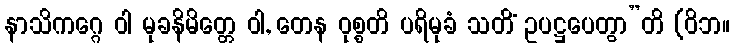
နာသိကဂ္ဂေ ဝါ မုခနိမိတ္တေ ဝါ, တေန ဝုစ္စတိ ပရိမုခံ သတိံ ဥပဋ္ဌပေတွာ”တိ (ဝိဘ။